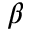
\beta